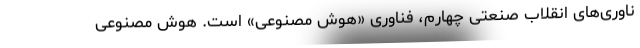
ناوری‌های انقلاب صنعتی چهارم، فناوری «هوش مصنوعی» است. هوش مصنوعی